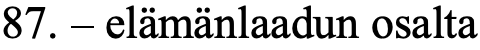
87. – elämänlaadun osalta